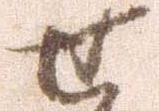
せ